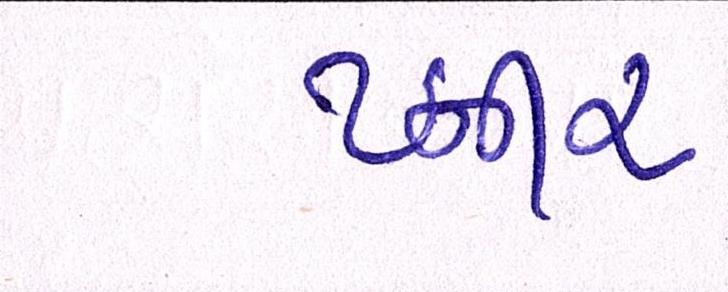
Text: પ્નીર